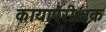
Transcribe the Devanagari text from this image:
कायापरीक्षक